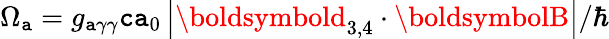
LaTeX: \Omega_{\mathtt{a}}=g_{\mathtt{a}\gamma\gamma}\mathtt{c}\mathtt{a}_{0}\left|\boldsymbold_{3,4}\cdot\boldsymbolB\right|/\hbar